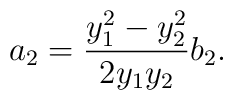
a_{2}=\frac{y_{1}^{2}-y_{2}^{2}}{2y_{1}y_{2}}b_{2}.